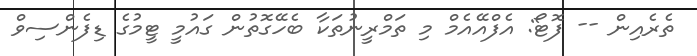
ތެރެއިން -- ފޮޓޯ: އެފްއޭއެމް މި ތަމްރީނުތަކާ ބެހޭގޮތުން ގައުމީ ޓީމުގެ ޑިފެންސިވް